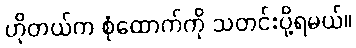
ဟိုတယ်က စုံထောက်ကို သတင်းပို့ရမယ်။